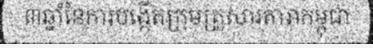
៣ឆ្នាំនៃការបង្កើតក្រុមគ្រួសារតារាកម្ពុជា